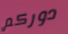
دوركم